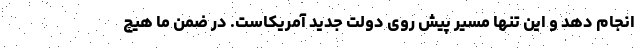
انجام دهد و این تنها مسیر پیش روی دولت جدید آمریکاست. در ضمن ما هیچ